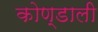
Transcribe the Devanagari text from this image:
कोण्डाली